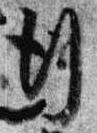
行